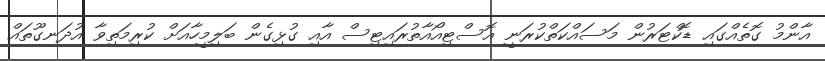
އާންމު ގޮތެއްގައި ޑޮކްޓަރުން މަސައްކަތްކުރަނީ އޮސްޓިއޯއާތުރައިޓިސް އާއި ގުޅިގެން ބަލިމީހާއަށް ކުރިމަތިވާ އުދަނގޫތައް